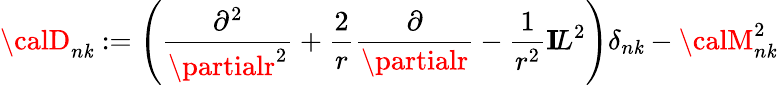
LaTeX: {\calD}_{n\mathit{k}}:=\left(\frac{{\partial^{2}}}{{\partialr^{2}}}+\frac{{2}}{{r}}\frac{{\partial}}{{\partialr}}-\frac{{1}}{{r^{2}}}{\mathbf{I}\! L}^{2}\right)\delta_{n\mathit{k}}-{\calM}_{n\mathit{k}}^{2}